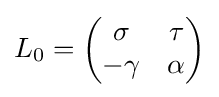
L_{0}={\begin{pmatrix}\sigma &\tau \\-\gamma &\alpha \\\end{pmatrix}}